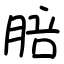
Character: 䏽